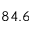
8 4 . 6